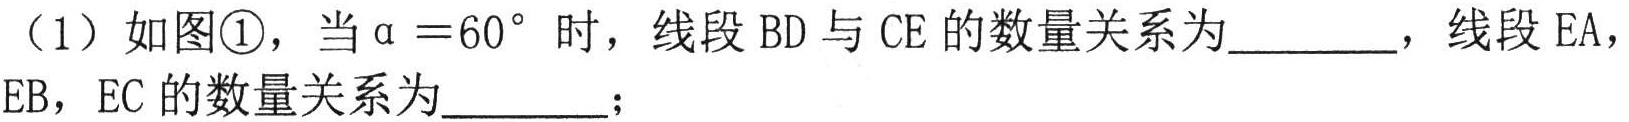
（1）如图\textcircled{1}，当$\alpha = 60^{\circ}$时，线段$\text{BD}$与$\text{CE}$的数量关系为________，线段$\text{EA}$，$\text{EB}$，$\text{EC}$的数量关系为________；